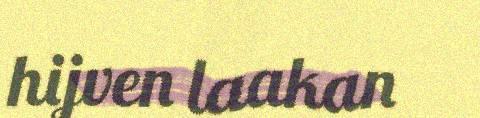
hijven laakan